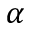
\alpha